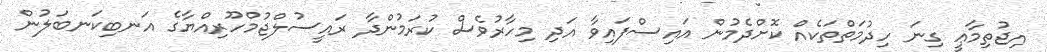
އިޖުތިމާޢީ ގިނަ ހިދުމަތްތަކެއް ކޮށްދެމުން އައިސްފައިވާ އަދި މިހާރުވެސް ކުރަމުންދާ ރައީސުލްޖުމްހޫރިއްޔާގެ އަނބިކަނބަލުން